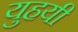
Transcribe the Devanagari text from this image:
युहयी